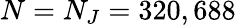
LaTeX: N=N_{J}=320,688